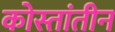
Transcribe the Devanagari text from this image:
कोस्तांतीन